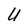
Character: U